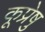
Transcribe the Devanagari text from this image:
कूप्रेषु